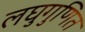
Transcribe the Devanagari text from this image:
लघुगुणित